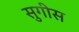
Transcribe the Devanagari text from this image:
सुगीस